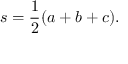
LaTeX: s = { \frac { 1 } { 2 } } ( a + b + c ) .